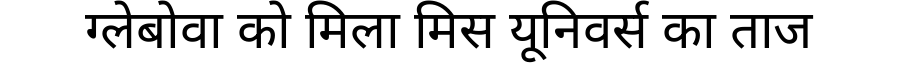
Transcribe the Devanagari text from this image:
ग्लेबोवा को मिला मिस यूनिवर्स का ताज